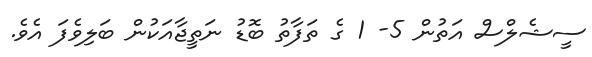
ސީޝެލްސް އަތުން 5- 1 ގެ ތަފާތު ބޮޑު ނަތީޖާއަކުން ބަލިވެފަ އެވެ.